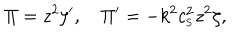
LaTeX: \Pi = z ^ { 2 } \zeta ^ { \prime } , \quad \Pi ^ { \prime } = - k ^ { 2 } c _ { _ \mathrm { S } } ^ { 2 } z ^ { 2 } \zeta ,